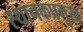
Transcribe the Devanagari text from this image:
स्थानकप्रमुख